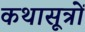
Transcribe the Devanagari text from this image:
कथासूत्रों